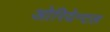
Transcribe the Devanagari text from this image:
ओरियेन्टल